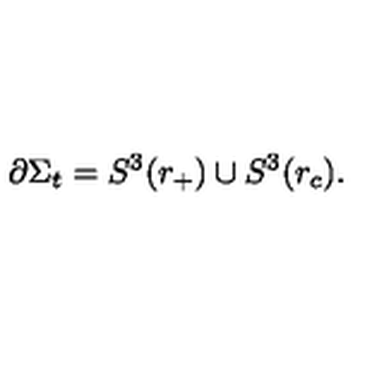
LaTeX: \partial \Sigma _ { t } = S ^ { 3 } ( r _ { + } ) \cup S ^ { 3 } ( r _ { c } ) .